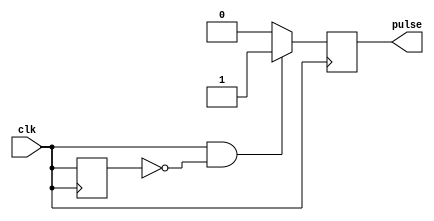
module Rising_Edge_Pulse_Generator (
    input clk,
    output reg pulse
);

reg last_clk;

always @(posedge clk) begin
    pulse <= 0;
    if (clk && !last_clk) begin
        pulse <= 1;
    end
    last_clk <= clk;
end

endmodule